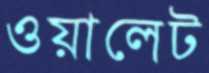
ওয়ালেট